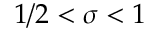
1 / 2 < \sigma < 1